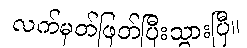
လက်မှတ်ဖြတ်ပြီးသွားပြီ။